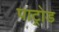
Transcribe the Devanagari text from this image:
पाट्रोड